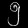
Digit: ၅